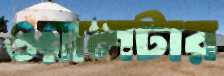
ওয়ালটার